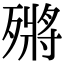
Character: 𣩗